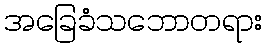
အခြေခံသဘောတရား